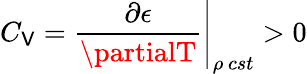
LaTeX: \left.C_{\mathsf{V}}=\frac{{\partial\epsilon}}{{\partialT}}\right|_{\rho\ cst}>0